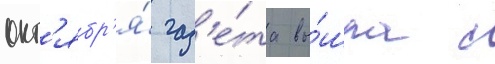
окт'ябр'я́ газ'е́та вы́шла с